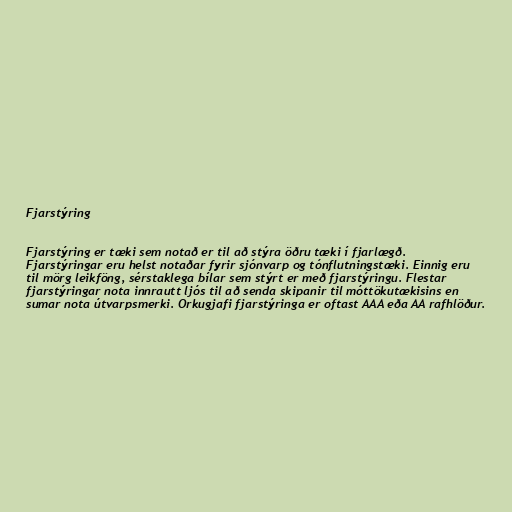
Fjarstýring

Fjarstýring er tæki sem notað er til að stýra öðru tæki í fjarlægð.
Fjarstýringar eru helst notaðar fyrir sjónvarp og tónflutningstæki. Einnig eru
til mörg leikföng, sérstaklega bílar sem stýrt er með fjarstýringu. Flestar
fjarstýringar nota innrautt ljós til að senda skipanir til móttökutækisins en
sumar nota útvarpsmerki. Orkugjafi fjarstýringa er oftast AAA eða AA rafhlöður.